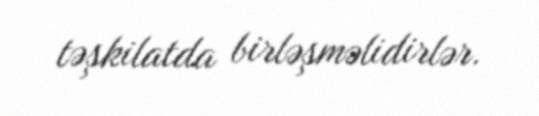
təşkilatda birləşməlidirlər.